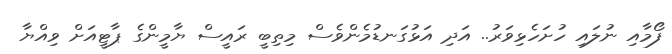
ފޯމާއި ނުލައި ހުށަހެޅިވަރު.. އަދި އަޅުގަނޑުމެންވެސް މިތިބީ ރައީސް ޔާމީންގެ ޕާޓީއަށް ވިއްޔާ